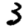
Digit: 3